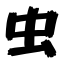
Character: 虫